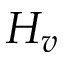
H _ { v }